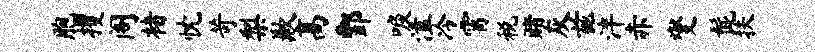
胞攫阁楮忱苛梨歉高酆唳溘冷霄税赌灰兹泮赤燮髭扶